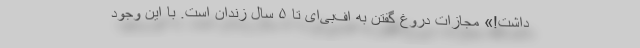
داشت!» مجازات دروغ گفتن به اف‌بی‌ای تا ۵ سال زندان است. با این وجود